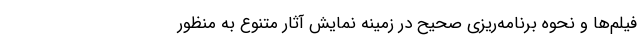
فیلم‌ها و نحوه برنامه‌ریزی صحیح در زمینه نمایش آثار متنوع به منظور